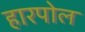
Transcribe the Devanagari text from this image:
हारपोल